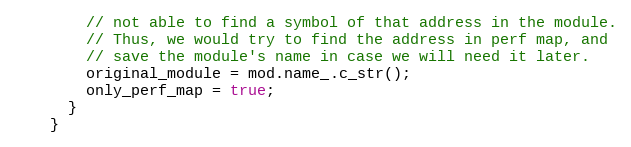
Language: C++
        // not able to find a symbol of that address in the module.
        // Thus, we would try to find the address in perf map, and
        // save the module's name in case we will need it later.
        original_module = mod.name_.c_str();
        only_perf_map = true;
      }
    }